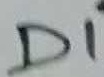
Text: D1